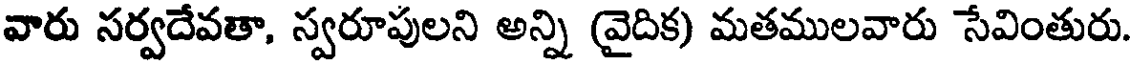
వారు సర్వదేవతా, స్వరూపులని అన్ని (వైదిక) మతములవారు సేవింతురు.